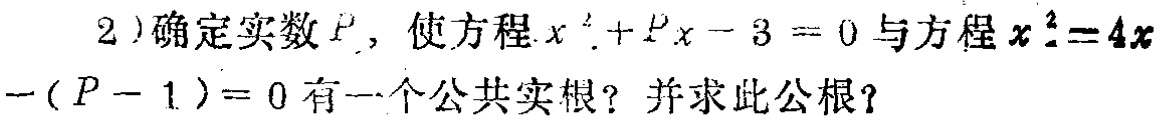
2)确定实数\(P\)，使方程\(x^{2}+Px - 3 = 0\)与方程\(x^{2}-4x-(P - 1)=0\)有一个公共实根？并求此公根？